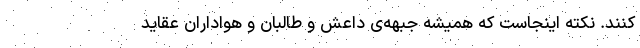
کنند. نکته اینجاست که همیشه جبهه‌ی داعش و طالبان و هواداران عقاید